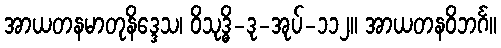
အာယတနမာတုနိဒ္ဒေသ၊ ဝိသုဒ္ဓိ-ဒု-အုပ်-၁၁၂။ အာယတနဝိဘင်္ဂ။